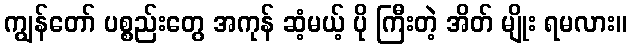
ကျွန်တော် ပစ္စည်းတွေ အကုန် ဆံ့မယ့် ပို ကြီးတဲ့ အိတ် မျိုး ရမလား။